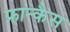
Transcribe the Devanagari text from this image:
फ्रान्कैस